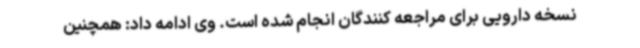
نسخه دارویی برای مراجعه کنندگان انجام شده است. وی ادامه داد: همچنین